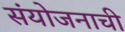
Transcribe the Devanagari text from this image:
संयोजनाची